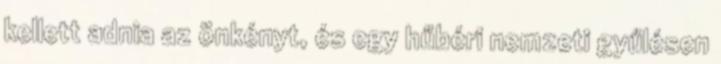
kellett adnia az önkényt, és egy hűbéri nemzeti gyűlésen